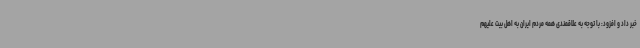
خبر داد و افزود: با توجه به علاقمندی همه مردم ایران به اهل بیت علیهم